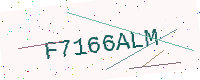
Text: F7166ALM